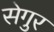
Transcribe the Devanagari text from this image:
सेगुर